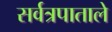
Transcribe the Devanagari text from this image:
सर्वत्रपाताले